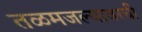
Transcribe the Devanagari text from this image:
तळमजल्यावरची